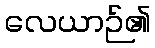
လေယာဉ်၏